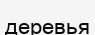
деревья